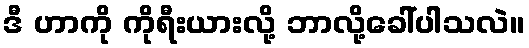
ဒီ ဟာကို ကိုရီးယားလို့ ဘာလို့ခေါ်ပါသလဲ။